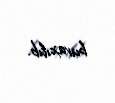
buraxılıb.